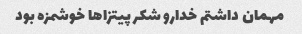
مهمان داشتم خدارو شکر پیتزاها خوشمزه بود